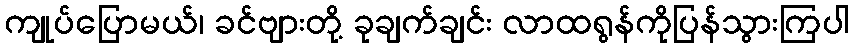
ကျုပ်ပြောမယ်၊ ခင်ဗျားတို့ ခုချက်ချင်း လာထရွန်ကိုပြန်သွားကြပါ